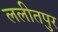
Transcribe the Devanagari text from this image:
ललीतपुर